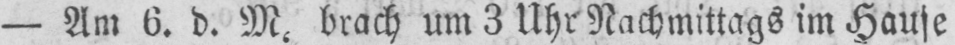
- Am 6. d. M, brach um 3 Uhr Nachmittags im Hause